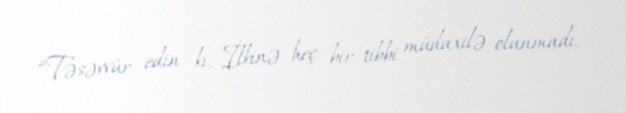
“Təsəvvür edin ki, İlkinə heç bir tibbi müdaxilə olunmadı.